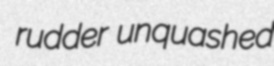
rudder unquashed